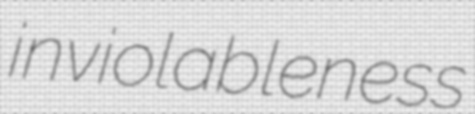
inviolableness